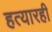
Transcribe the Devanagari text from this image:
हत्यारही